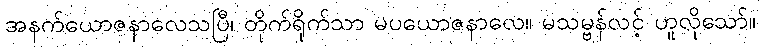
အနက်ယောဇနာလေသပြီ၊ တိုက်ရိုက်သာ မပယောဇနာလေ။ မသမ္ဗန်လင့် ဟူလိုသော်။